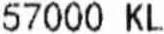
57000 KL